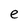
Character: e